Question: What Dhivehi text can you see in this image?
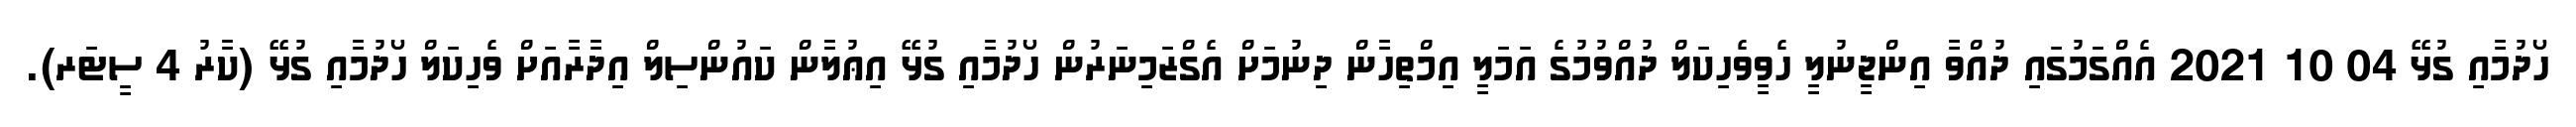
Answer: ހޯދުމާއި ގުޅޭ 04 10 2021 އެއްގަމުގައި ދުއްވާ އިންޖީނުލީ ހެވީވެހިކަލް ދުއްވުމުގެ އަމަލީ އިމްތިހާން ދިނުމަށް އެގްޒަމިނަރުން ހޯދުމާއި ގުޅޭ އިޢުލާން ކައުންސިލް އިދާރާއަށް ވެހިކަލް ހޯދުމާއި ގުޅޭ (ކާރު 4 ސީޓަރ).